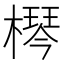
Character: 𣚶